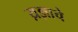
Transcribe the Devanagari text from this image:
य़ज्ञाचे